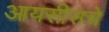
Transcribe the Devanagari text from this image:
आयसीसचे